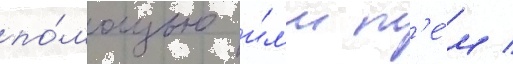
по́мощью и́л'и т'е́м /